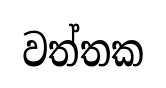
වත්තක